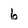
Character: 6